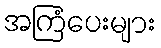
အကြံပေးများ